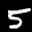
Label: 5